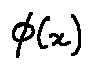
\phi ( x )